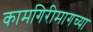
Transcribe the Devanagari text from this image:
कामगिरीमागच्या